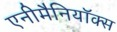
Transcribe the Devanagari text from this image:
एनीमैनियॉक्स